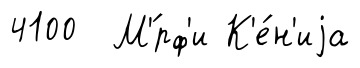
4100 М'́рф'и К'е́н'иjа